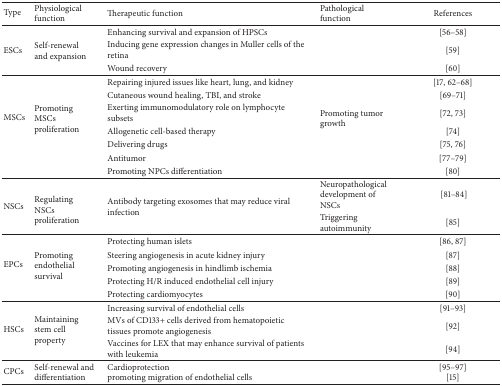
| Type | Physiological function | Therapeutic function | Pathological function | References |
 | --- | --- | --- | --- | --- |
 | <ROWSPAN=3> ESCs | <ROWSPAN=3> Self-renewal and expansion | Enhancing survival and expansion of HPSCs |  | [56–58] |
 | Inducing gene expression changes in Muller cells of the retina |  | [59] |
 | Wound recovery |  | [60] |
 | <ROWSPAN=7> MSCs | <ROWSPAN=7> Promoting MSCs proliferation | Repairing injured issues like heart, lung, and kidney | <ROWSPAN=7> Promoting tumor growth | [17, 62–68] |
 | Cutaneous wound healing, TBI, and stroke | [69–71] |
 | Exerting immunomodulatory role on lymphocyte subsets | [72, 73] |
 | Allogenetic cell-based therapy | [74] |
 | Delivering drugs | [75, 76] |
 | Antitumor | [77–79] |
 | Promoting NPCs differentiation | [80] |
 | <ROWSPAN=2> NSCs | <ROWSPAN=2> Regulating NSCs proliferation | <ROWSPAN=2> Antibody targeting exosomes that may reduce viral infection | Neuropathological development of NSCs | [81–84] |
 | Triggering autoimmunity | [85] |
 | <ROWSPAN=5> EPCs | <ROWSPAN=5> Promoting endothelial survival | Protecting human islets |  | [86, 87] |
 | Steering angiogenesis in acute kidney injury |  | [87] |
 | Promoting angiogenesis in hindlimb ischemia |  | [88] |
 | Protecting H/R induced endothelial cell injury |  | [89] |
 | Protecting cardiomyocytes |  | [90] |
 | <ROWSPAN=3> HSCs | <ROWSPAN=3> Maintaining stem cell property | Increasing survival of endothelial cells |  | [91–93] |
 | MVs of CD133+ cells derived from hematopoietic tissues promote angiogenesis |  | [92] |
 | Vaccines for LEX that may enhance survival of patients with leukemia |  | [94] |
 | CPCs | Self-renewal and differentiation | Cardioprotectionpromoting migration of endothelial cells |  | [95–97] [15] |